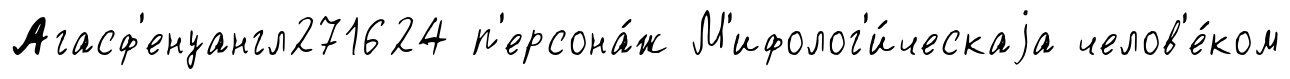
Агасф'енуангл271624 п'ерсона́ж М'ифолог'и́ческаjа челов'е́ком